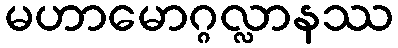
မဟာမောဂ္ဂလ္လာနဿ